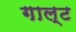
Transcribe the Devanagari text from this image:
गाल्ट